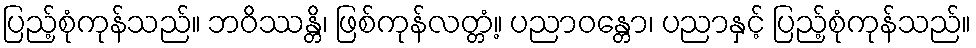
ပြည့်စုံကုန်သည်။ ဘဝိဿန္တိ၊ ဖြစ်ကုန်လတ္တံ့။ ပညာဝန္တော၊ ပညာနှင့် ပြည့်စုံကုန်သည်။